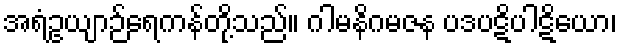
အရံဥယျာဉ်ရေကန်တို့သည်။ ဂါမနိဂမဇန ပဒပဋိပါဋိယော၊